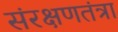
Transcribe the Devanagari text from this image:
संरक्षणतंत्रा